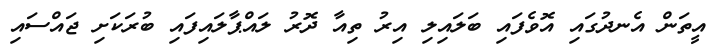
އީތަން އެނދުގައި އޮވެފައި ބަލައިލި އިރު ތިއާ ދޮރު ލައްޕާލައިފައި ބުރަކަށި ޖައްސައި